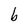
Character: b